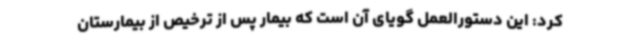
کرد: این دستورالعمل گویای آن است که بیمار پس از ترخیص از بیمارستان